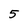
Character: 5